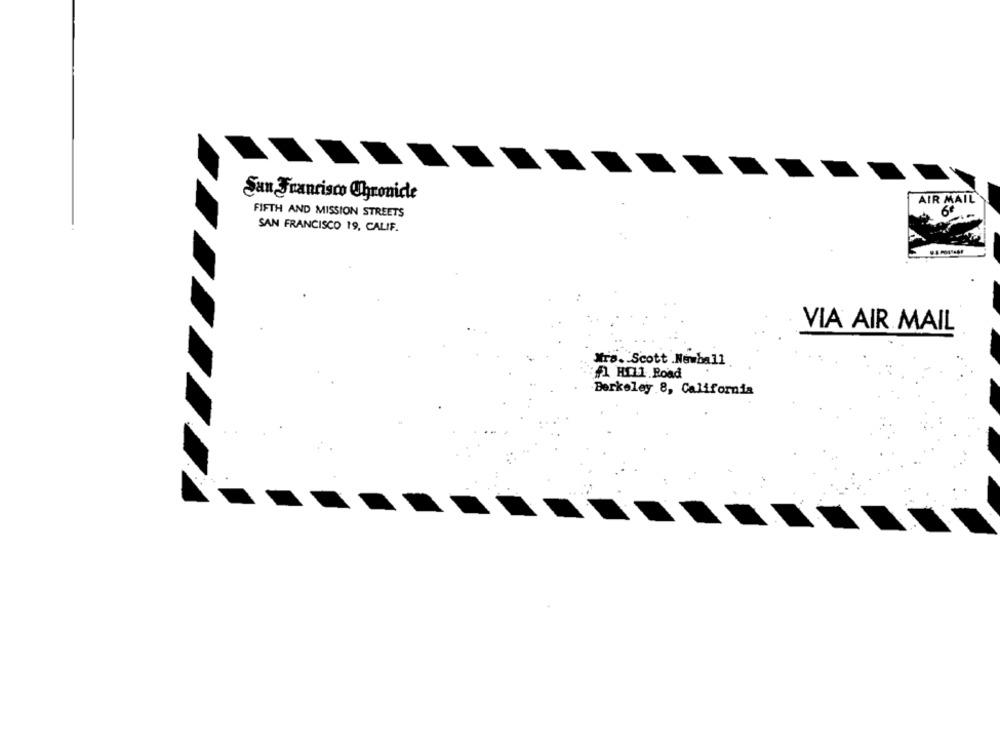
San Francisco Chronicle
AIR MAIL
60
FIFTH AND MISSION STREETS
SAN FRANCISCO 19, CALIF.
VIA AIR MAIL
Mira. Scott .Newball
: Hill Road
Berkeley 8, California